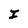
Character: I